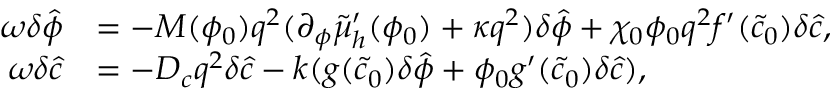
\begin{array} { r l } { \omega \delta \hat { \phi } } & { = - M ( \phi _ { 0 } ) q ^ { 2 } ( \partial _ { \phi } \tilde { \mu } _ { h } ^ { \prime } ( \phi _ { 0 } ) + \kappa q ^ { 2 } ) \delta \hat { \phi } + \chi _ { 0 } \phi _ { 0 } q ^ { 2 } f ^ { \prime } ( \tilde { c } _ { 0 } ) \delta \hat { c } , } \\ { \omega \delta \hat { c } } & { = - D _ { c } q ^ { 2 } \delta \hat { c } - k ( g ( \tilde { c } _ { 0 } ) \delta \hat { \phi } + \phi _ { 0 } g ^ { \prime } ( \tilde { c } _ { 0 } ) \delta \hat { c } ) , } \end{array}